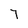
Character: 7